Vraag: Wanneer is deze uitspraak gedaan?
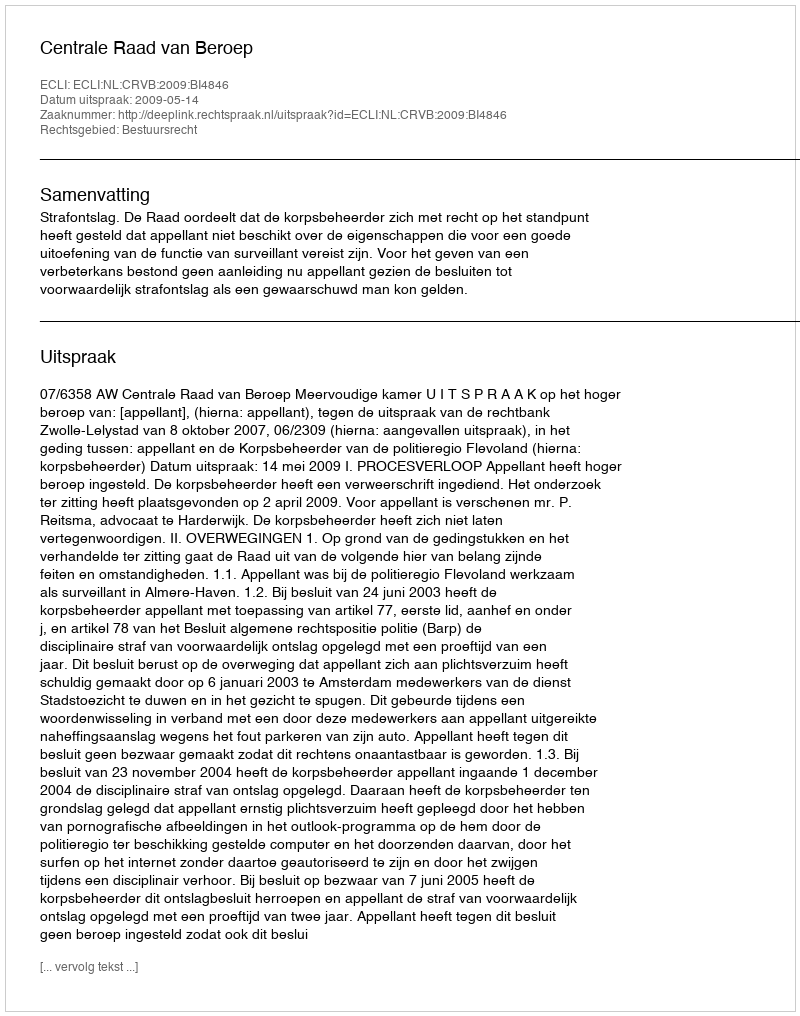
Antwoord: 2009-05-14